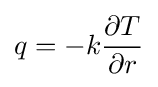
q=-k{\frac {\partial T}{\partial r}}